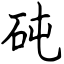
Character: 砘